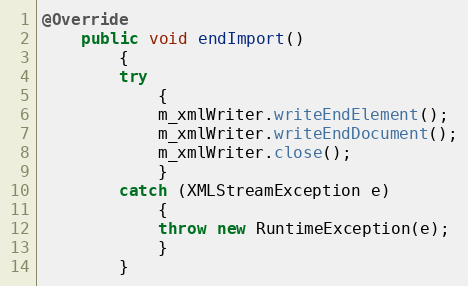
Language: Java
@Override
    public void endImport()
        {
        try
            {
            m_xmlWriter.writeEndElement();
            m_xmlWriter.writeEndDocument();
            m_xmlWriter.close();
            }
        catch (XMLStreamException e)
            {
            throw new RuntimeException(e);
            }
        }